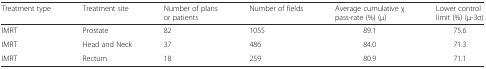
| Treatment type | Treatment site | Number of plans or patients | Number of fields | Average cumulative χ pass-rate (%) (μ) | Lower control limit (%) (μ-3σ) |
 | --- | --- | --- | --- | --- | --- |
 | IMRT | Prostate | 82 | 1055 | 89.1 | 75.6 |
 | IMRT | Head and Neck | 37 | 486 | 84.0 | 71.3 |
 | IMRT | Rectum | 18 | 259 | 80.9 | 71.1 |